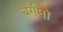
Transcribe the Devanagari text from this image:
बेर्गमो